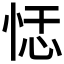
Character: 𰑞